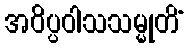
အဝိပ္ပဝါသသမ္မုတိံ